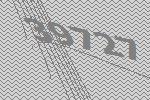
39727